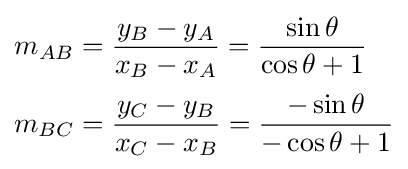
{\begin{aligned}m_{AB}&={\frac {y_{B}-y_{A}}{x_{B}-x_{A}}}={\frac {\sin \theta }{\cos \theta +1}}\\[2pt]m_{BC}&={\frac {y_{C}-y_{B}}{x_{C}-x_{B}}}={\frac {-\sin \theta }{-\cos \theta +1}}\end{aligned}}